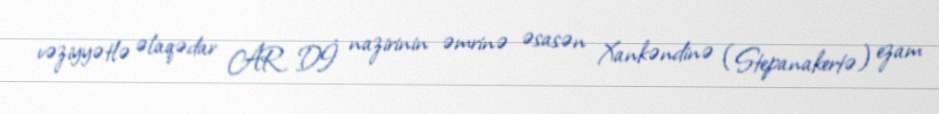
vəziyyətlə əlaqədar AR Dİ nazirinin əmrinə əsasən Xankəndinə (Stepanakertə) ezam